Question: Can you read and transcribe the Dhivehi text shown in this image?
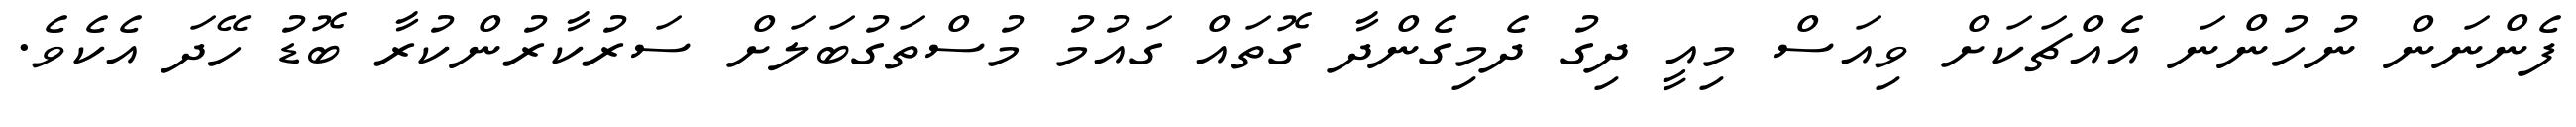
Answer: ފެންނަން ނުހުންނަ އެއްޗަކަށް ވިއަސް މިއީ ދިގު ދެމިގެންދާ ގޮތައް ގައުމު މުސްތަގުބަލަށް ސަރުކާރުންކުރާ ބޮޑު ހޭދަ އެކެވެ.